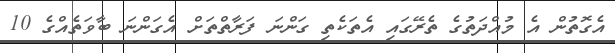
އެގޮތުން އެ މުއްދަތުގެ ތެރޭގައި އެތަކެތި ގަންނަ ފަރާތްތަށް އެގަންނަ ބާވަތެއްގެ 10